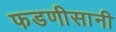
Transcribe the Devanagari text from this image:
फडणीसानी